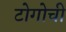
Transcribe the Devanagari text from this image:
टोगोची